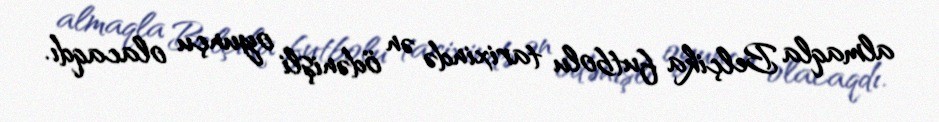
almaqla Belçika futbolu tarixində ən ödənişli oyunçu olacaqdı.